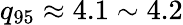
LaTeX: q_{95}\approx 4.1\sim 4.2